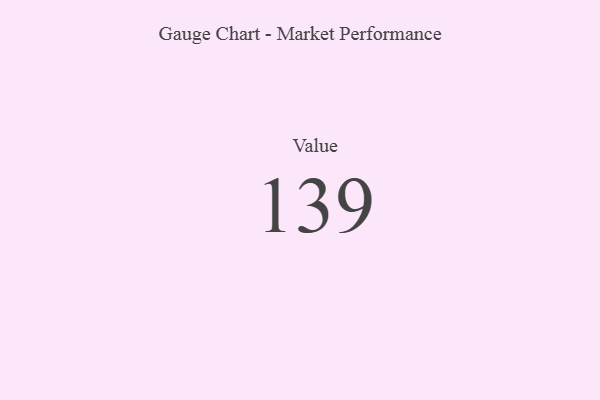
{"axis": {"x": "Metric", "y": "Value"}, "legend": [""], "data": [{"x": "Value", "y": 139, "type": ""}]}